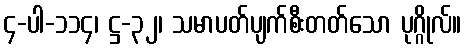
၄-ပါ-၁၁၄၊ ဋ္ဌ-၃၂၊ သမာပတ်ပျက်စီးတတ်သော ပုဂ္ဂိုလ်။